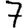
Digit: 7